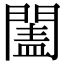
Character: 𨵯